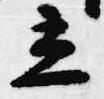
立